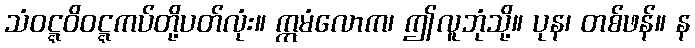
သံဝဋ္ဋဝိဝဋ္ဋကပ်တို့ပတ်လုံး။ ဣမံလောက၊ ဤလူဘုံသို့။ ပုန၊ တစ်ဖန်။ န